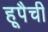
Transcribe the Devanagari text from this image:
हूपैची